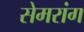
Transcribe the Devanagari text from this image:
सेमरांग